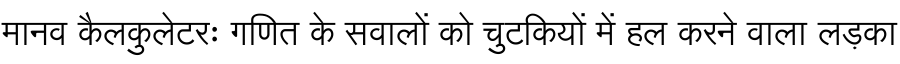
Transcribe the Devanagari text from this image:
मानव कैलकुलेटरः गणित के सवालों को चुटकियों में हल करने वाला लड़का